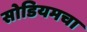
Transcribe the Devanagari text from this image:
सोडियमचा